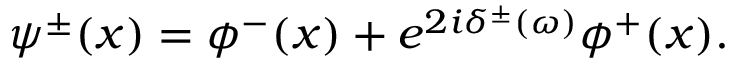
\psi ^ { \pm } ( x ) = \phi ^ { - } ( x ) + e ^ { 2 i \delta ^ { \pm } ( \omega ) } \phi ^ { + } ( x ) .